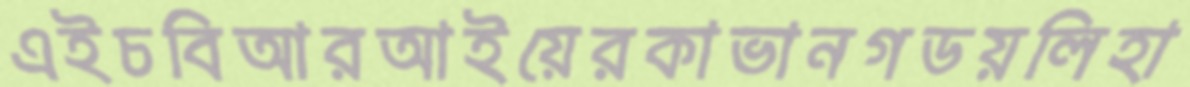
এইচবিআরআইয়েরকাভানগডয়লিহা